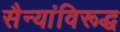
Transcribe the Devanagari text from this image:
सैन्यांविरूद्ध